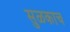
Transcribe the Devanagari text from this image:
सुळकाच